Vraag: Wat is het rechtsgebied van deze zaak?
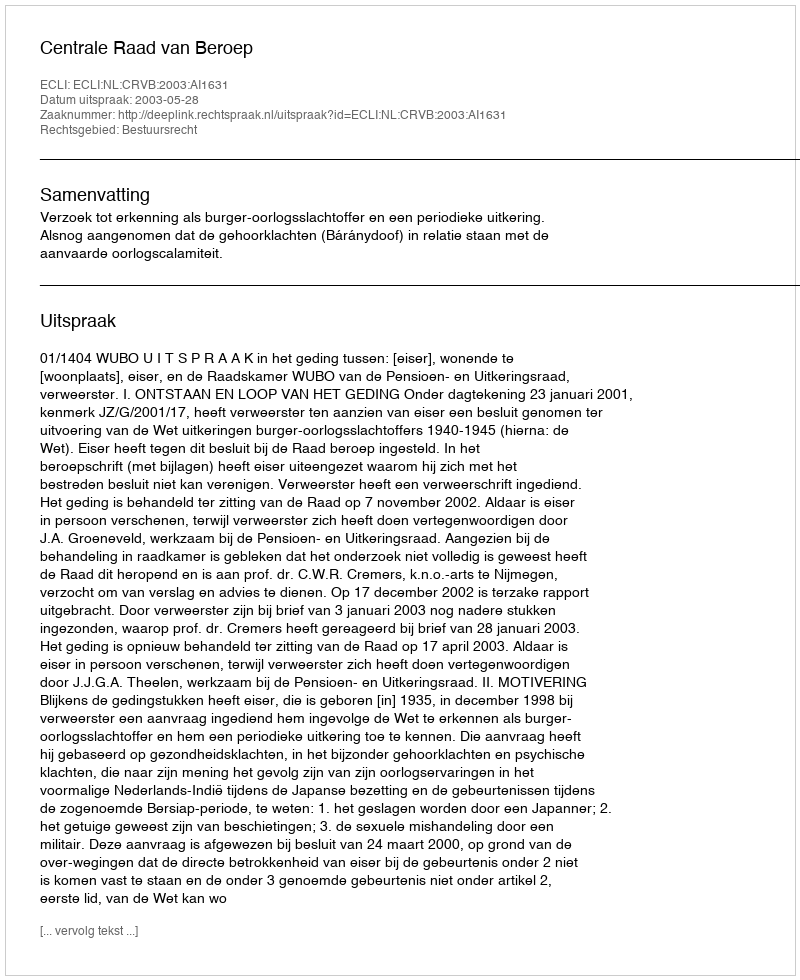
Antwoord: Bestuursrecht